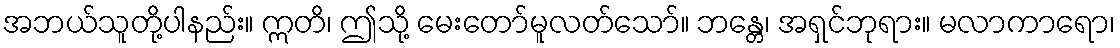
အဘယ်သူတို့ပါနည်း။ ဣတိ၊ ဤသို့ မေးတော်မူလတ်သော်။ ဘန္တေ၊ အရှင်ဘုရား။ မလာကာရော၊